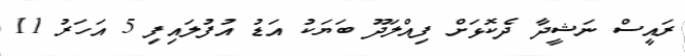
ރައީސް ނަޝީދާ ދެކޮޅަށް ފިއްލަދޫ ބަޔަކު އަޑު އުފުލައިފި 5 އަހަރު 11